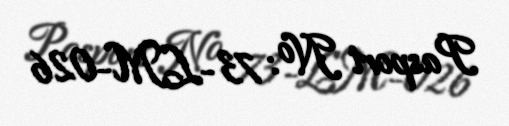
Pasport №: 73-LM-026